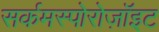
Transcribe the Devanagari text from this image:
सर्कमस्पोरोज़ॉइट